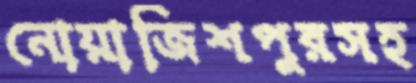
নোয়াজিশপুরসহ